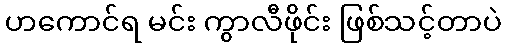
ဟကောင်ရ မင်း ကွာလီဖိုင်း ဖြစ်သင့်တာပဲ